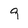
Character: 9